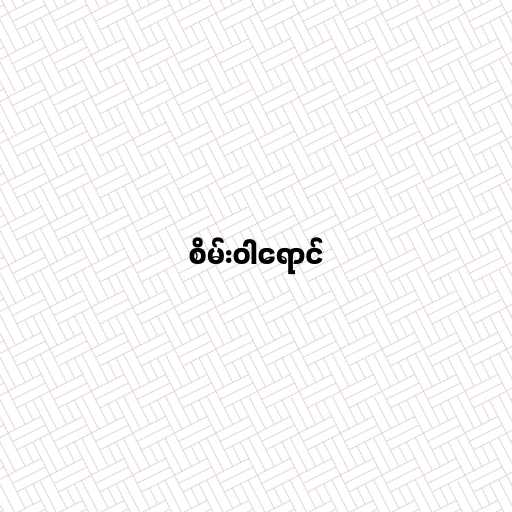
စိမ်းဝါရောင်